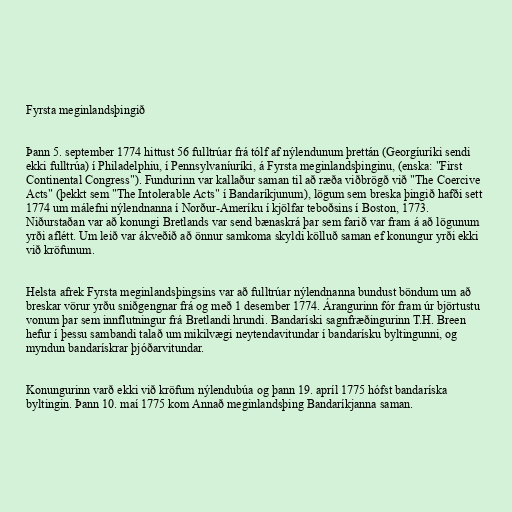
Fyrsta meginlandsþingið

Þann 5. september 1774 hittust 56 fulltrúar frá tólf af nýlendunum þrettán (Georgíuríki sendi
ekki fulltrúa) í Philadelphiu, í Pennsylvaníuríki, á Fyrsta meginlandsþinginu, (enska: "First
Continental Congress"). Fundurinn var kallaður saman til að ræða viðbrögð við "The Coercive
Acts" (þekkt sem "The Intolerable Acts" í Bandaríkjunum), lögum sem breska þingið hafði sett
1774 um málefni nýlendnanna í Norður-Ameríku í kjölfar teboðsins í Boston, 1773.
Niðurstaðan var að konungi Bretlands var send bænaskrá þar sem farið var fram á að lögunum
yrði aflétt. Um leið var ákveðið að önnur samkoma skyldi kölluð saman ef konungur yrði ekki
við kröfunum.

Helsta afrek Fyrsta meginlandsþingsins var að fulltrúar nýlendnanna bundust böndum um að
breskar vörur yrðu sniðgengnar frá og með 1 desember 1774. Árangurinn fór fram úr björtustu
vonum þar sem innflutningur frá Bretlandi hrundi. Bandaríski sagnfræðingurinn T.H. Breen
hefur í þessu sambandi talað um mikilvægi neytendavitundar í bandarísku byltingunni, og
myndun bandarískrar þjóðarvitundar.

Konungurinn varð ekki við kröfum nýlendubúa og þann 19. apríl 1775 hófst bandaríska
byltingin. Þann 10. maí 1775 kom Annað meginlandsþing Bandaríkjanna saman.